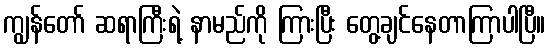
ကျွန်တော် ဆရာကြီးရဲ့ နာမည်ကို ကြားပြီး တွေ့ချင်နေတာကြာပါပြီ။